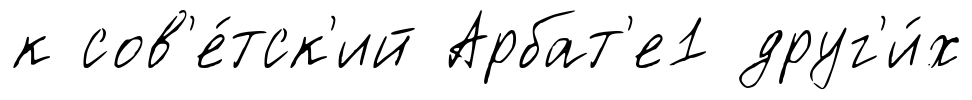
к сов'е́тск'ий Арбат'е1 друг'и́х